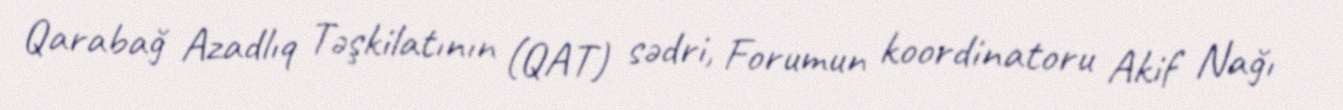
Qarabağ Azadlıq Təşkilatının (QAT) sədri, Forumun koordinatoru Akif Nağı